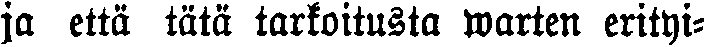
ja että tätä tarkoitusta warten erityi-